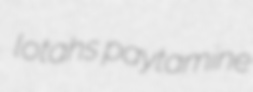
lotahs paytamine